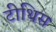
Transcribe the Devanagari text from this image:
टीथिस